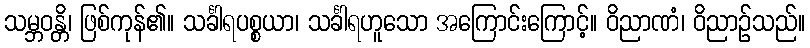
သမ္ဘဝန္တိ၊ ဖြစ်ကုန်၏။ သင်္ခါရပစ္စယာ၊ သင်္ခါရဟူသော အကြောင်းကြောင့်။ ဝိညာဏံ၊ ဝိညာဉ်သည်။